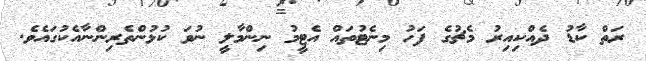
ރަތް ކާޑު ދެއްކިއިރު މެޗުގެ ފަހު މިނެޓުތައް އެޓީމު ނިންމާލީ ނުވަ ކުޅުންތެރިންނާއެކުގައެވެ.